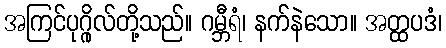
အကြင်ပုဂ္ဂိုလ်တို့သည်။ ဂမ္ဘီရံ၊ နက်နဲသော။ အတ္ထပဒံ၊